Annual report of the Punjab Veterinary College and of the Civil Veterinary Department, Punjab - 1926-1932
Year: 1926
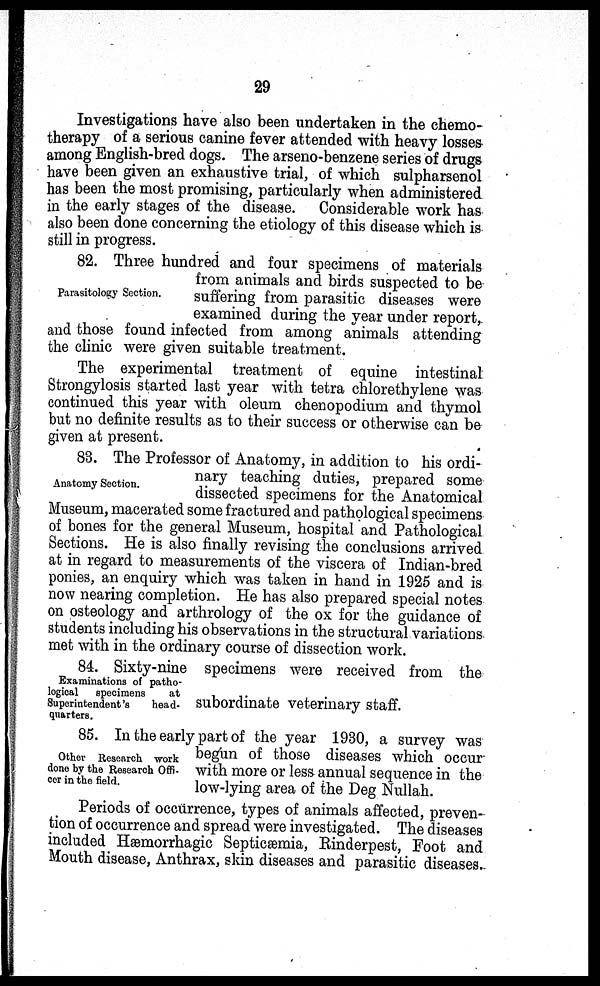
29
Investigations have also been undertaken in the chemo-
therapy of a serious canine fever attended with heavy losses
among English-bred dogs. The arseno-benzene series of drugs
have been given an exhaustive trial, of which sulpharsenol
has been the most promising, particularly when administered
in the early stages of the disease. Considerable work has
also been done concerning the etiology of this disease which is
still in progress.
Parasitology Section.
82. Three hundred and four specimens of materials
from animals and birds suspected to be
suffering from parasitic diseases were
examined during the year under report,
and those found infected from among animals attending
the clinic were given suitable treatment.
The experimental treatment of equine intestinal
Strongylosis started last year with tetra chlorethylene was
continued this year with oleum chenopodium and thymol
but no definite results as to their success or otherwise can be
given at present.
Anatomy Section.
83. The Professor of Anatomy, in addition to his ordi-
nary teaching duties, prepared some
dissected specimens for the Anatomical
Museum, macerated some fractured and pathological specimens
of bones for the general Museum, hospital and Pathological
Sections. He is also finally revising the conclusions arrived
at in regard to measurements of the viscera of Indian-bred
ponies, an enquiry which was taken in hand in 1925 and is
now nearing completion. He has also prepared special notes
on osteology and arthrology of the ox for the guidance of
students including his observations in the structural variations
met with in the ordinary course of dissection work.
Examinations of patho-
logical
specimens
at
Superintendent's
head-
quarters.
84. Sixty-nine specimens were received from the
subordinate veterinary staff.
Other Research work
done by the Research Offi-
cer in the field.
85. In the early part of the year 1930, a survey was
begun of those diseases which occur
with more or less annual sequence in the
low-lying area of the Deg Nullah.
Periods of occurrence, types of animals affected, preven-
tion of occurrence and spread were investigated. The diseases
included Hæmorrhagic Septicæmia, Rinderpest, Foot and
Mouth disease, Anthrax, skin diseases and parasitic diseases.